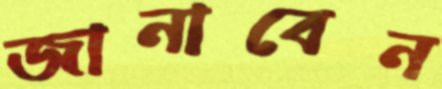
জানাবেন